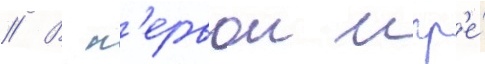
// В п'ервои игр'е́